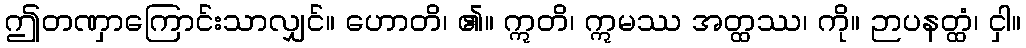
ဤတဏှာကြောင်းသာလျှင်။ ဟောတိ၊ ၏။ ဣတိ၊ ဣမဿ အတ္ထဿ၊ ကို။ ဉာပနတ္ထံ၊ ငှါ။